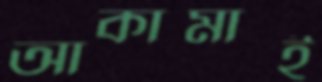
আকামাই